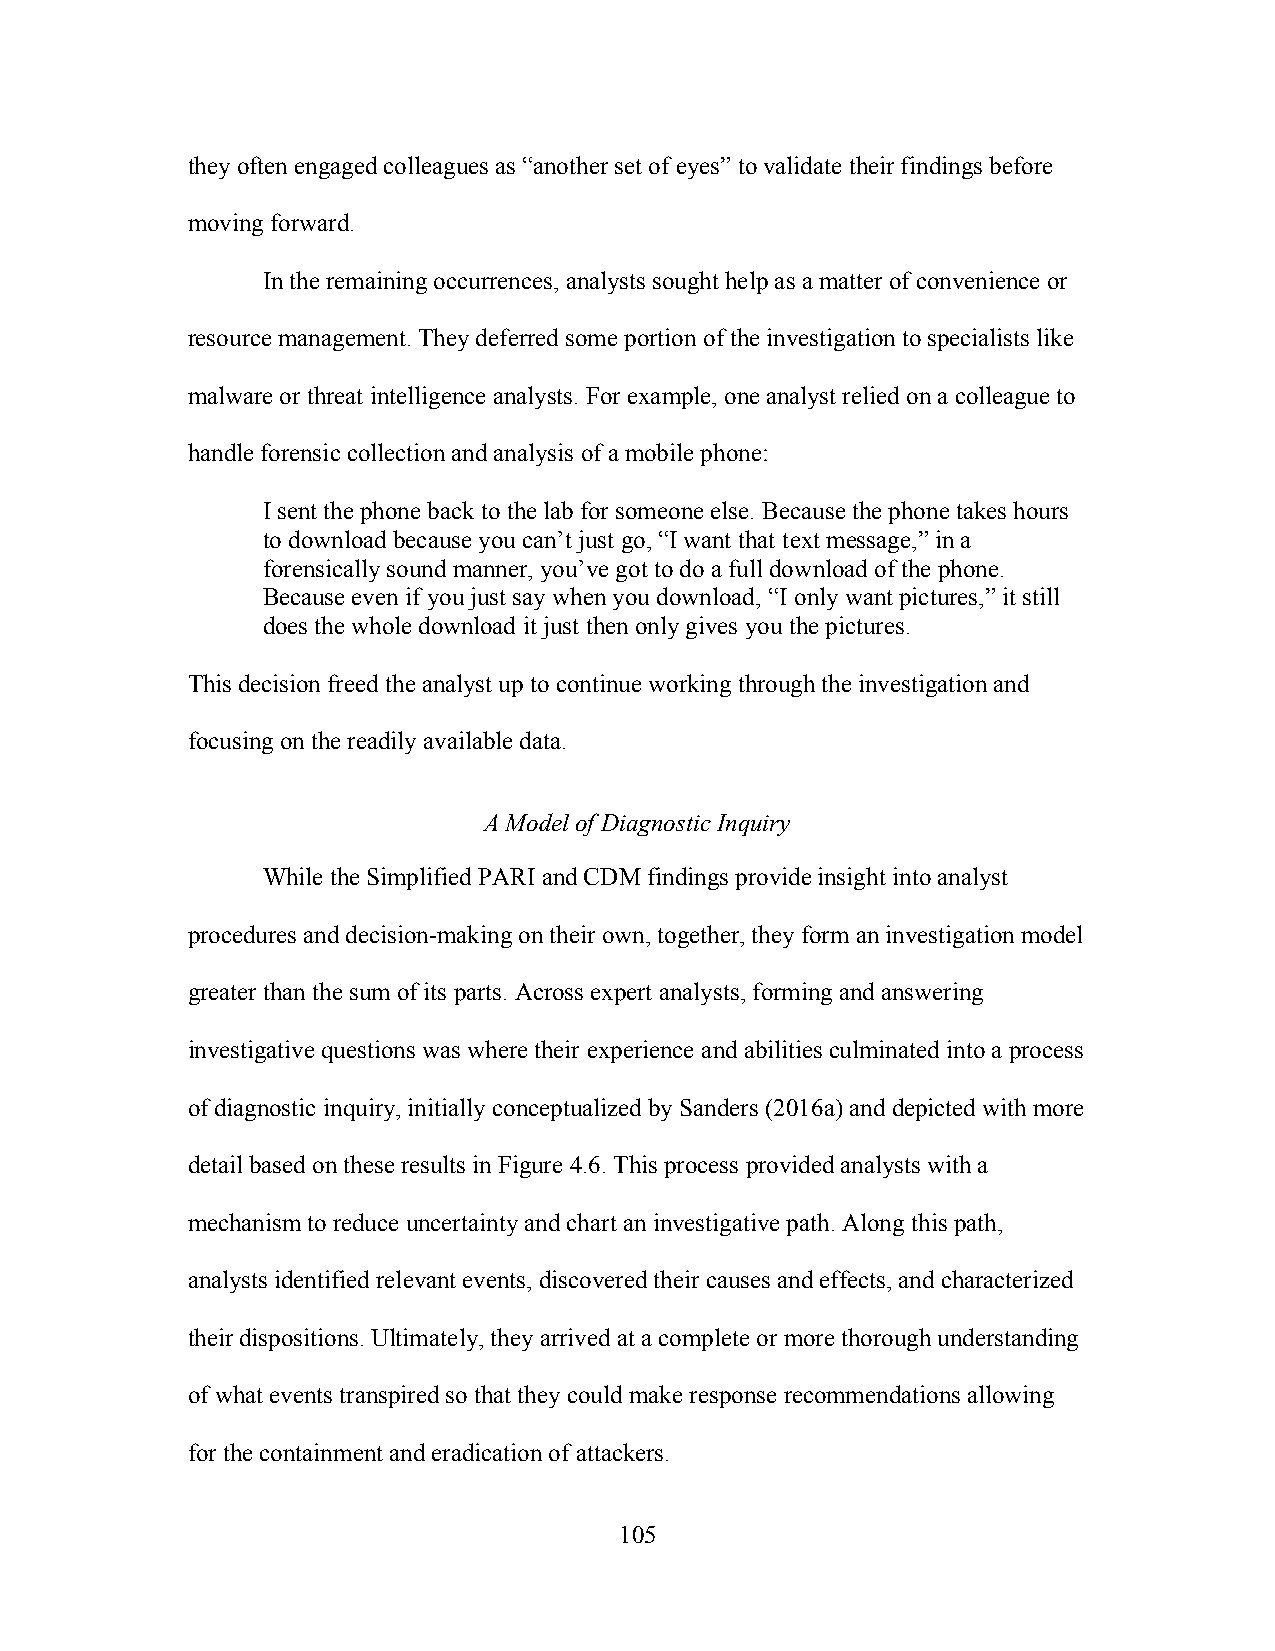
they often engaged colleagues as “another set of eyes” to validate their findings before
 moving forward.
 In the remaining occurrences, analysts sought help as a matter of convenience or
 resource management. They deferred some portion of the investigation to specialists like
 malware or threat intelligence analysts. For example, one analyst relied on a colleague to
 handle forensic collection and analysis of a mobile phone:
 I sent the phone back to the lab for someone else. Because the phone takes hours
 to download because you can’t just go, “I want that text message,” in a
 forensically sound manner, you’ve got to do a full download of the phone.
 Because even if you just say when you download, “I only want pictures,” it still
 does the whole download it just then only gives you the pictures.
 This decision freed the analyst up to continue working through the investigation and
 focusing on the readily available data.
 A Model of Diagnostic Inquiry
 While the Simplified PARI and CDM findings provide insight into analyst
 procedures and decision-making on their own, together, they form an investigation model
 greater than the sum of its parts. Across expert analysts, forming and answering
 investigative questions was where their experience and abilities culminated into a process
 of diagnostic inquiry, initially conceptualized by Sanders (2016a) and depicted with more
 detail based on these results in Figure 4.6. This process provided analysts with a
 mechanism to reduce uncertainty and chart an investigative path. Along this path,
 analysts identified relevant events, discovered their causes and effects, and characterized
 their dispositions. Ultimately, they arrived at a complete or more thorough understanding
 of what events transpired so that they could make response recommendations allowing
 for the containment and eradication of attackers.
 105